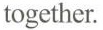
together.